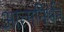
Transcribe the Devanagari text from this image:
आत्मनिर्भन